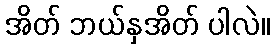
အိတ် ဘယ်နှအိတ် ပါလဲ။